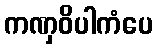
ကဏှဝိပါကံပေ